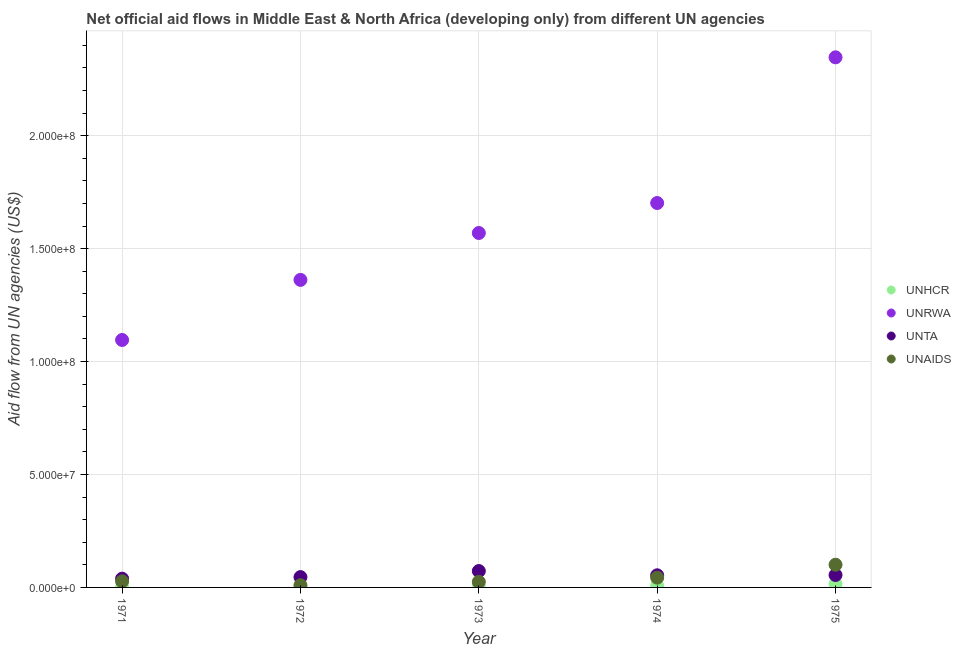
| Year | UNHCR | UNRWA | UNTA | UNAIDS |
 | --- | --- | --- | --- | --- |
 | 1971 | 1.3e+05 | 1.1e+08 | 3.88e+06 | 2.68e+06 |
 | 1972 | 2.8e+05 | 1.36e+08 | 4.57e+06 | 9.8e+05 |
 | 1973 | 3.8e+05 | 1.57e+08 | 7.25e+06 | 2.47e+06 |
 | 1974 | 7.5e+05 | 1.7e+08 | 5.37e+06 | 4.32e+06 |
 | 1975 | 1.58e+06 | 2.35e+08 | 5.49e+06 | 1e+07 |